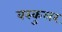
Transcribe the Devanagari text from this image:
वस्कुलर